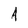
Character: A